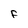
Character: f